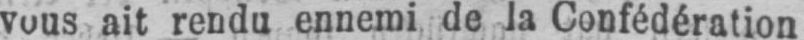
vous ait rendu ennemi de la Confédération